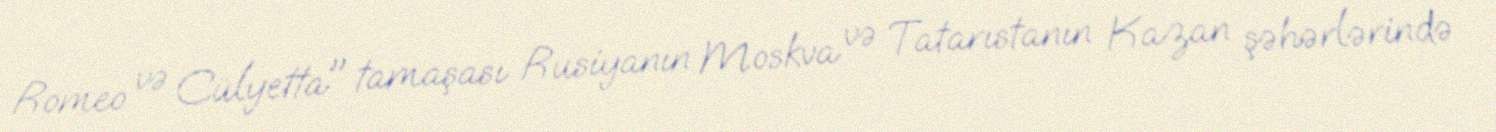
Romeo və Cülyetta" tamaşası Rusiyanın Moskva və Tatarıstanın Kazan şəhərlərində